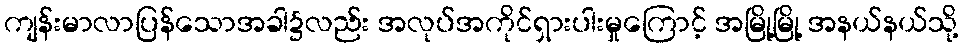
ကျန်းမာလာပြန်သောအခါ၌လည်း အလုပ်အကိုင်ရှားပါးမှုကြောင့် အမြို့မြို့ အနယ်နယ်သို့